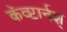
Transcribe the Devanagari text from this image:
कॅव्प्टार्नश्